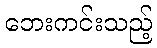
ဘေးကင်းသည့်